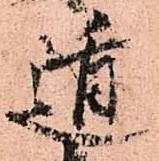
遁